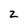
Character: z